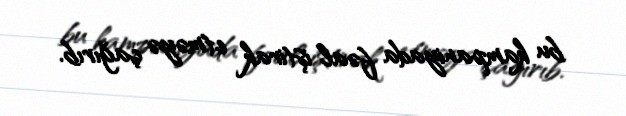
bu kampaniyada fəal iştirak etməyə çağırıb.